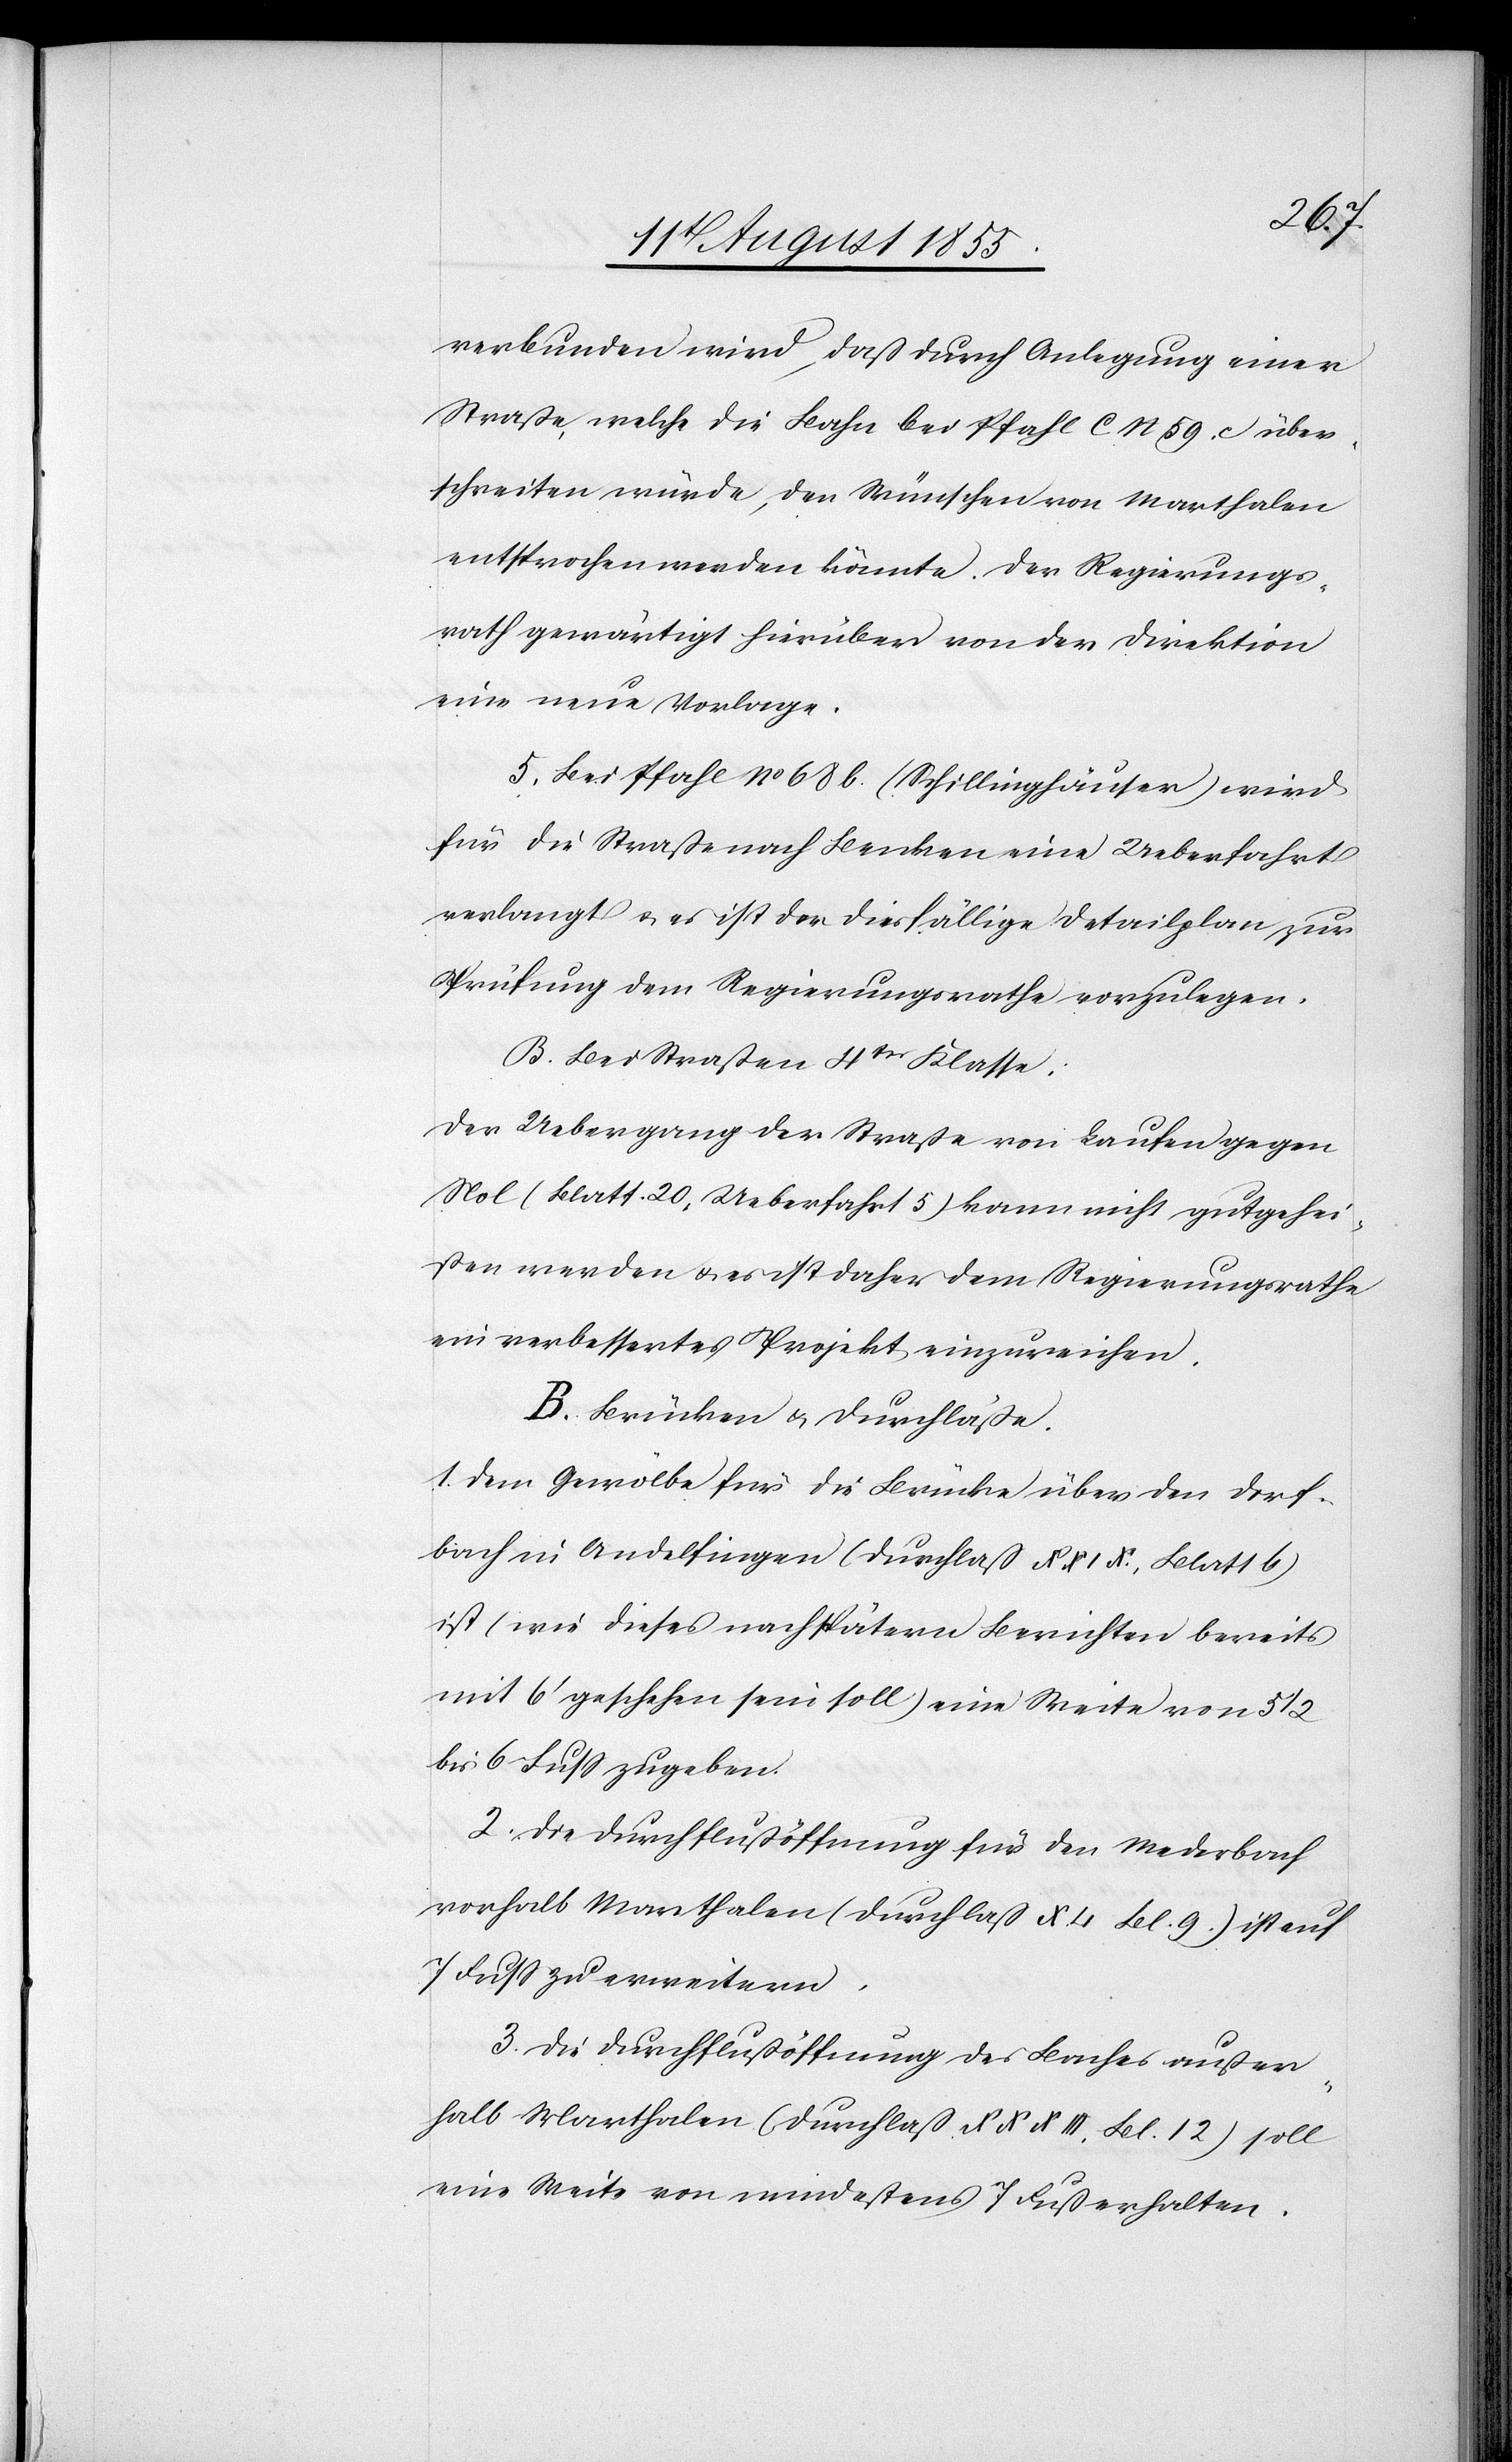
5.
verbunden wird, daß durch Anlegung einer
Straße, welche die Bahn bei Pfahl C N 59. c über¬
schreiten würde, den Wünschen von Marthalen
entsprochen werden könnte. Der Regierungs¬
rath gewärtigt hierüber von der Direktion
eine neue Vorlage.
Bei Pfahl No 68 b. (Schillinghäuser) wird
für die Straße nach Benken eine Ueberfahrt
verlangt & es ist der diesfällige Detailplan zur
Prüfung dem Regierungsrathe vorzulegen.
Bei Straßen 4ter Klasse:
Der Uebergang der Straße von Laufen gegen
Nol (Blatt 20, Ueberfahrt 5) kann nicht gutgehei¬
ßen werden & es ist daher dem Regierungsrathe
ein verbessertes Projekt einzureichen.
B. Brücken & Durchläße.
Dem Gewölbe für die Brücke über den Dorf¬
bach in Andelfingen (Durchlaß No XIX., Blatt 6)
ist (wie dieses nach spätern Berichten bereits
mit 6‘ geschehen sein soll) eine Weite von 5 1/2
bis 6 Fuss zu geben.
Die Durchflußöffnung für den Mederbach
vorhalb Marthalen (Durchlaß X. 4 Bl. 9.) ist auf
7 Fuss zu erweitern.
Die Durchflußöffnung des Baches außer¬
halb Marthalen (Durchlaß XXXIII, Bl. 12) soll
eine Weite von mindestens 7 Fuß erhalten.